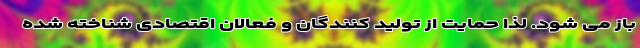
باز می شود. لذا حمایت از تولید کنندگان و فعالان اقتصادی شناخته شده